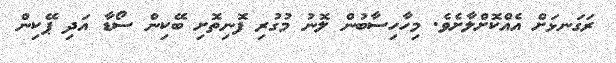
ރަގަނޅަށް އެއްކޮށްލާށެވެ. މިހާހިސާބުން ލޮނު މުގުރި ފޮނިތޮށި ބޭކިން ސޯޑާ އަދި ޕޭކިން